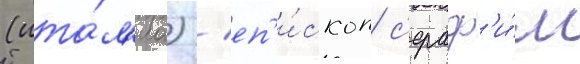
(ита́л'иа) / еп'и́скоп с'ераф'и́м